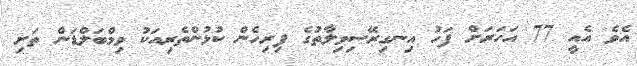
އެވެ އެއީ 77 އަހަރަށް ފަހު އިނގިރޭސިވިލާތުގެ ފިރިހެން ކުޅުންތެރިއަކު ވިމްބަލްޑަން ތަށި